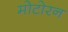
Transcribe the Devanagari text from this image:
मोटोरन